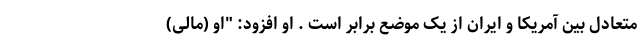
متعادل بین آمریکا و ایران از یک موضع برابر است . او افزود: "او (مالی)